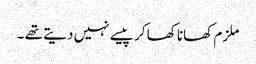
ملزم کھانا کھا کر پیسے نہیں دیتے تھے ۔